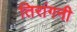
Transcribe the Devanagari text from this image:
तिरांगनी